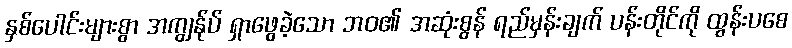
နှစ်ပေါင်းများစွာ အကျွန်ုပ် ရှာဖွေခဲ့သော ဘဝ၏ အဆုံးစွန် ရည်မှန်းချက် ပန်းတိုင်ကို ထွန်းပစေ